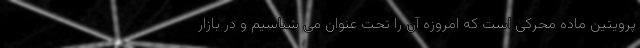
پرویتین ماده محرکی است که امروزه آن را تحت عنوان می شناسیم و در بازار